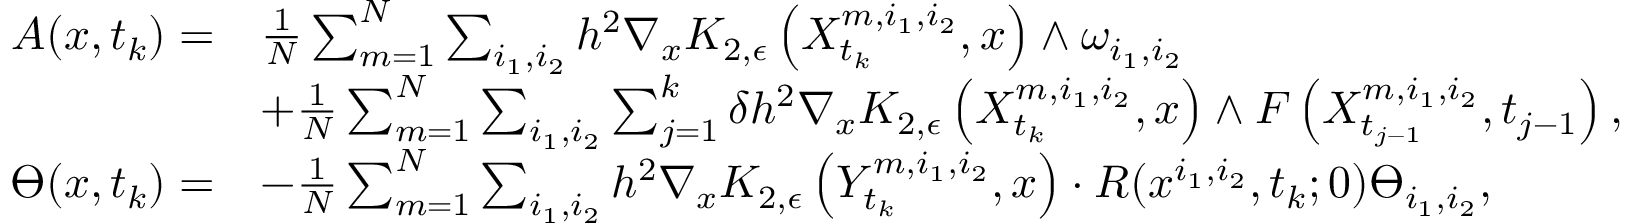
\begin{array} { r l } { A ( x , t _ { k } ) = } & { \frac { 1 } { N } \sum _ { m = 1 } ^ { N } \sum _ { i _ { 1 } , i _ { 2 } } h ^ { 2 } \nabla _ { x } K _ { 2 , \epsilon } \left( X _ { t _ { k } } ^ { m , i _ { 1 } , i _ { 2 } } , x \right) \wedge \omega _ { i _ { 1 } , i _ { 2 } } } \\ & { + \frac { 1 } { N } \sum _ { m = 1 } ^ { N } \sum _ { i _ { 1 } , i _ { 2 } } \sum _ { j = 1 } ^ { k } \delta h ^ { 2 } \nabla _ { x } K _ { 2 , \epsilon } \left( X _ { t _ { k } } ^ { m , i _ { 1 } , i _ { 2 } } , x \right) \wedge F \left( X _ { t _ { j - 1 } } ^ { m , i _ { 1 } , i _ { 2 } } , t _ { j - 1 } \right) , } \\ { \varTheta ( x , t _ { k } ) = } & { - \frac { 1 } { N } \sum _ { m = 1 } ^ { N } \sum _ { i _ { 1 } , i _ { 2 } } h ^ { 2 } \nabla _ { x } K _ { 2 , \epsilon } \left( Y _ { t _ { k } } ^ { m , i _ { 1 } , i _ { 2 } } , x \right) \cdot R ( x ^ { i _ { 1 } , i _ { 2 } } , t _ { k } ; 0 ) \varTheta _ { i _ { 1 } , i _ { 2 } } , } \end{array}